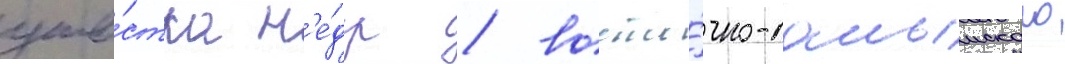
уча́стка н'е́др / восто́чно-салымского